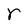
Character: r